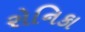
રોનિકા